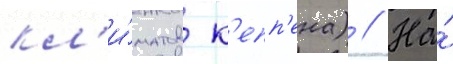
кл'и́матов к'епп'ена) // На́